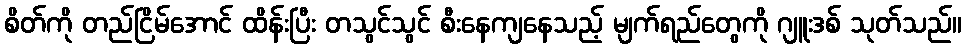
စိတ်ကို တည်ငြိမ်အောင် ထိန်းပြီး တသွင်သွင် စီးနေကျနေသည့် မျက်ရည်တွေကို ဂျူးဒစ် သုတ်သည်။